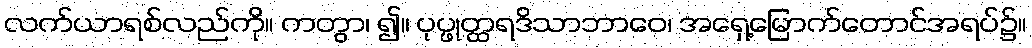
လက်ယာရစ်လည်ကို။ ကတွာ၊ ၍။ ပုပ္ဖုတ္ထရဒိသာဘာဝေ၊ အရှေ့မြောက်တောင်အရပ်၌။